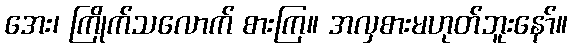
အေး၊ ကြိုက်သလောက် စားကြ။ အလှစားမဟုတ်ဘူးနော်။